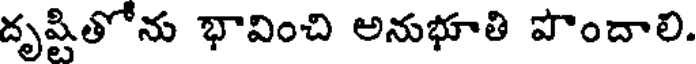
దృష్టితోను భావించి అనుభూతి పొందాలి.